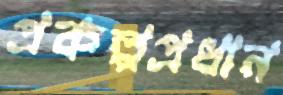
প্রকল্পপ্রধান